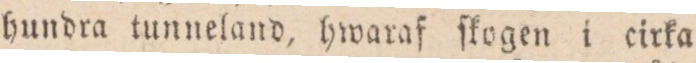
hundra tunneland, hwaraf ſkogen i cirka